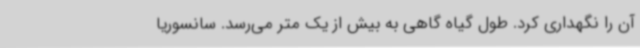
آن را نگهداری کرد. طول گیاه گاهی به بیش از یک متر می‌رسد. سانسوریا